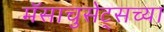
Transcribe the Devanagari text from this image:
मॅसाचुसेट्सच्या